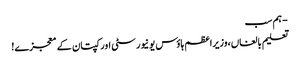
- ہم سب
تعلیم بالغاں،وزیراعظم ہاؤس یونیورسٹی اور کپتان کے معجزے!